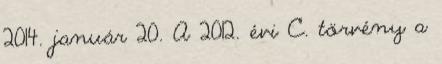
2014. január 20. A 2012. évi C. törvény a